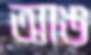
আঙ